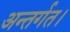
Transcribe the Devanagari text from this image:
अन्तर्गत।